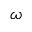
\omega